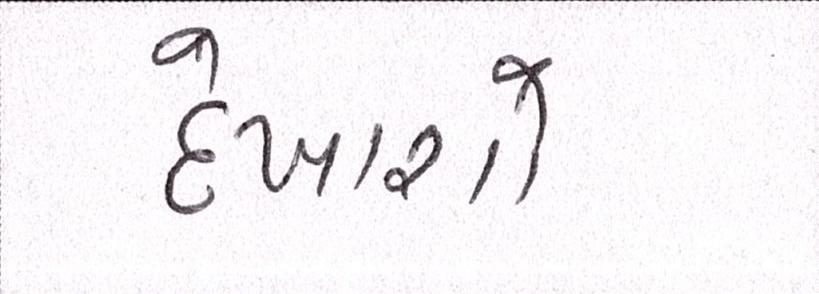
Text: દેખાશો